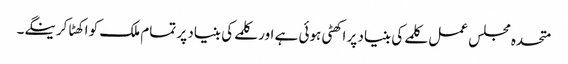
متحدہ مجلس عمل کلمے کی بنیاد پر اکھٹی ہوئی ہے اور کلمے کی بنیاد پر تمام ملک کو اکھٹا کرینگے۔